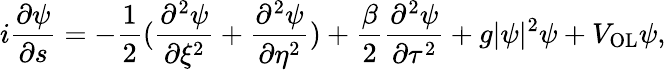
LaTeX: i\frac{\partial\psi}{\partial s}=-\frac{1}{2}(\frac{\partial^{2}\psi}{\partial\xi^{2}}+\frac{\partial^{2}\psi}{\partial\eta^{2}})+\frac{\beta}{2}\frac{\partial^{2}\psi}{\partial\tau^{2}}+g|\psi|^{2}\psi+V_{\textrm{OL}}\psi,